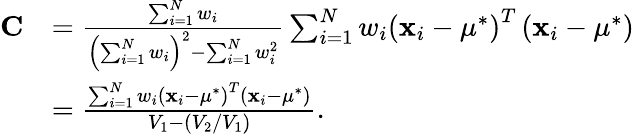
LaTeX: {\begin{array}{rl}{\mathbf{C}}&{={\frac{\sum_{i=1}^{N}w_{i}}{\left(\sum_{i=1}^{N}w_{i}\right)^{2}-\sum_{i=1}^{N}w_{i}^{2}}}\sum_{i=1}^{N}w_{i}\left(\mathbf{x}_{i}-\mu^{*}\right)^{T}\left(\mathbf{x}_{i}-\mu^{*}\right)}\\ &{={\frac{\sum_{i=1}^{N}w_{i}\left(\mathbf{x}_{i}-\mu^{*}\right)^{T}\left(\mathbf{x}_{i}-\mu^{*}\right)}{V_{1}-(V_{2}/V_{1})}}.}\end{array}}